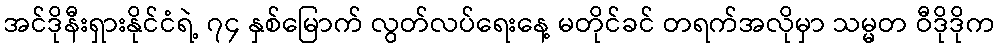
အင်ဒိုနီးရှားနိုင်ငံရဲ့ ၇၄ နှစ်မြောက် လွတ်လပ်ရေးနေ့ မတိုင်ခင် တရက်အလိုမှာ သမ္မတ ဝီဒိုဒိုက